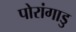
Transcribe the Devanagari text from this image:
पोरांगाडु